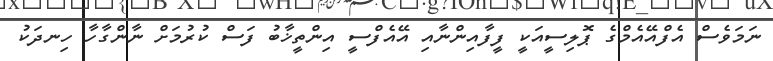
ނަމަވެސް އެފްއޭއެމްގެ ޕޮލިސީއަކީ ފީފާއިންނާއި އޭއެފްސީ އިންތީޚާބު ފަސް ކުރުމަށް ނާންގާހާ ހިނދަކު